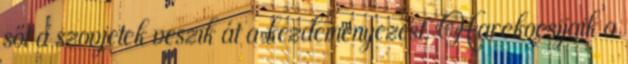
sőt a szovjetek veszik át a kezdeményezést. Harckocsijaik a